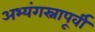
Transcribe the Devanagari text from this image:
अभ्यंगस्नापूर्वी